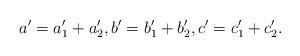
LaTeX: \begin{align*}a'=a'_1+a'_2, b'=b'_1+b'_2, c'=c'_1+c'_2.\end{align*}